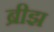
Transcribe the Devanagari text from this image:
ब्रीझ